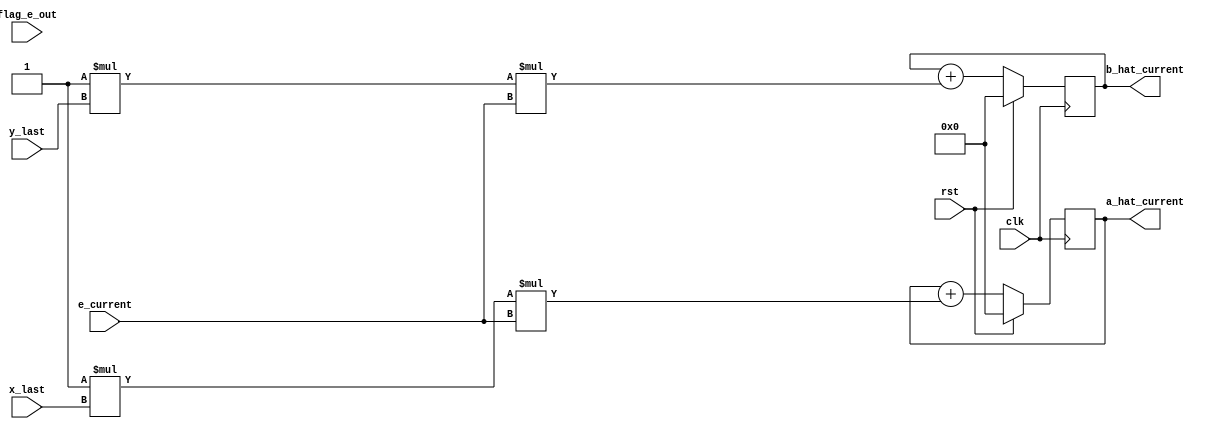
module UPDATE_COEFF#(
    parameter a_hat_intial = 8'b00000000,
    parameter b_hat_intial = 8'b00000000,
    parameter mu = 8'b00000001
) (
    input wire clk,
    input wire rst,
    input wire flag_e_out,
    input wire signed [7:0] x_last,
    input wire signed [7:0] y_last,
    input wire signed [7:0] e_current,
    
    output reg signed [7:0] a_hat_current,
    output reg signed [7:0] b_hat_current


);

reg signed [7:0] a_hat_next;
reg signed [7:0] b_hat_next;

always @(e_current) begin
    a_hat_next <= a_hat_current + mu*x_last*e_current;
end

always @(e_current) begin
    b_hat_next <= b_hat_current + mu*y_last*e_current;
end

always @(negedge clk ) begin
    if (rst)
    a_hat_current <= a_hat_intial;
    else
    a_hat_current <= a_hat_next;
end

always @(negedge clk ) begin
    if (rst)
    b_hat_current <= b_hat_intial;
    else
    b_hat_current <= b_hat_next;
end

endmodule